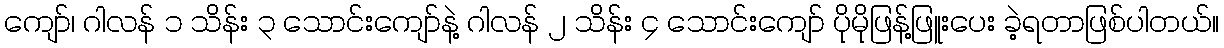
ကျော်၊ ဂါလန် ၁ သိန်း ၃ သောင်းကျော်နဲ့ ဂါလန် ၂ သိန်း ၄ သောင်းကျော် ပိုမိုဖြန့်ဖြူးပေး ခဲ့ရတာဖြစ်ပါတယ်။